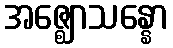
အဇ္ဈောသန္နော